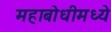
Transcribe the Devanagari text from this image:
महाबोधीमध्ये